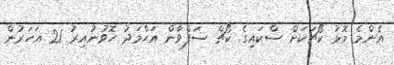
އެންމެ މޮޅު ކޯޗަކަށް ސްކައިގެ ކޯޗް ސަފްވާން އަޙްމަދު ހޮވުނުއިރު 21 އަހަރުން